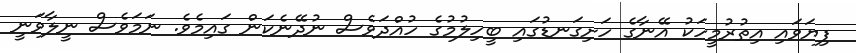
ފިޔަވައި އިތުރުމީހަކު އޭނާގެ ހަށިގަނޑުގައި ބީހިލުމުގެ ހުއްދަވެސް ނުދޭނެކަން ގައިމެވެ. ނަމަވެސް ނީލާވަނީ